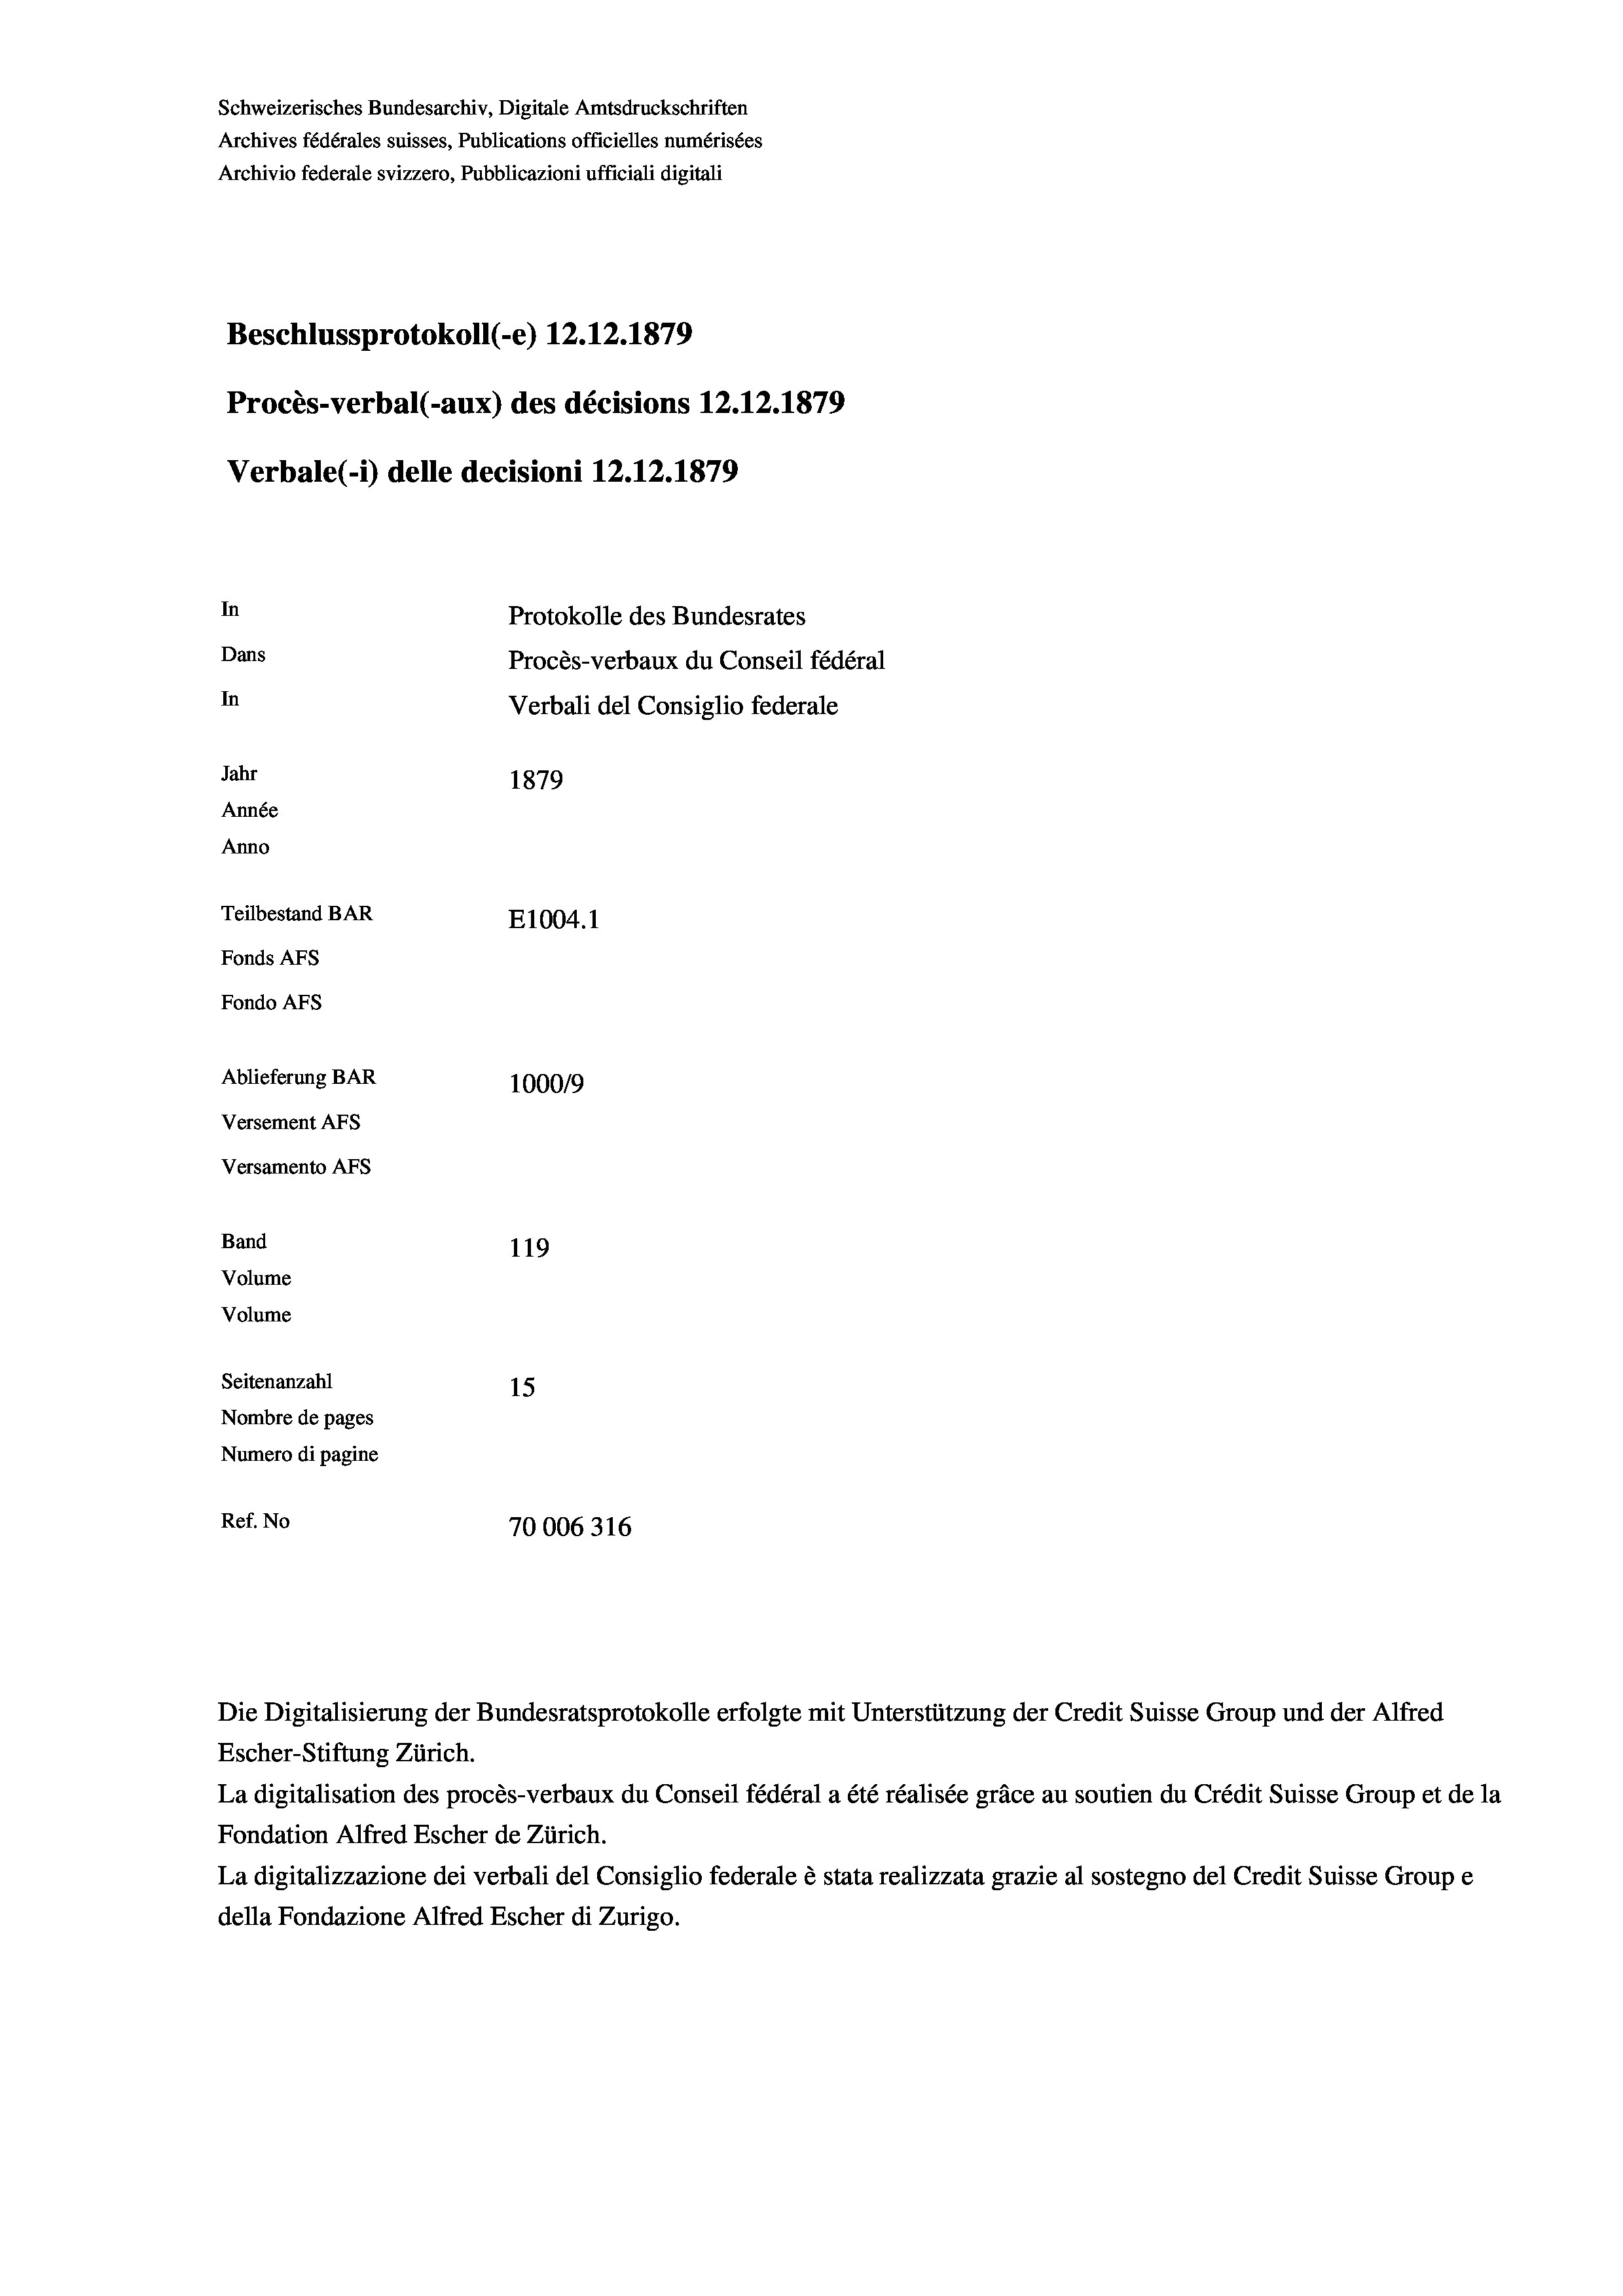
Schweizerisches Bundesarchiv, Digitale Amtsdruckschriften
Archives fédérales suisses, Publications officielles numérisées
Archivio federale svizzero, Pubblicazioni ufficiali digitali
Beschlussprotokoll (-e) 12.12.1879
Procès-verbal (-aux) des décisions 12.12.1879
Verbale (- 1) delle decisioni 12.12.1879
In
Protokolle des Bundesrates
Dans
Procès-verbaux du Conseil fédéral
In
Verbali del Consiglio federale
Jahr
1879
Année
Anno
Teilbestand BAR
E1004.1
Fonds AFs
Fondo AFs
Ablieferung BAR
1000/9
Versement Abs
Versamento AFs
Band
119
Volume
Volume

Seitenanzahl
15
Nombre de pages
Numero di pagine
Ref. No
70006316

Escher-Stiftung Zürich.
La digitalisation des procès-verbaux du Conseil fédéral a été réalisée gräce au soutien du Crédit Suisse Group et de la
Fondation Alfred Escher de Zürich.
La digitalizzazione dei verbali del Consiglio federale è stata realizzata grazie al sostegno del Credit Suisse Groupe
della Fondazione Alfred Escher di Zurigo.

Die Digitalisierung der Bundesratsprotokolle erfolgte mit Unterstützung der Credit Suisse Group und der Alfred